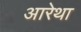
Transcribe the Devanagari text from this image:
आरेथा